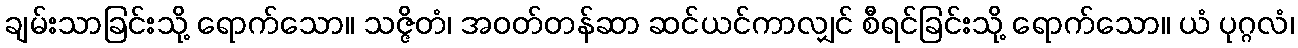
ချမ်းသာခြင်းသို့ ရောက်သော။ သဇ္ဇိတံ၊ အဝတ်တန်ဆာ ဆင်ယင်ကာလျှင် စီရင်ခြင်းသို့ ရောက်သော။ ယံ ပုဂ္ဂလံ၊